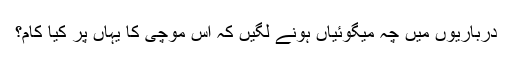
درباریوں میں چہ میگوئیاں ہونے لگیں کہ اس موچی کا یہاں پر کیا کام؟